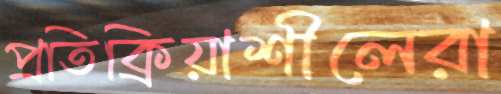
প্রতিক্রিয়াশীলেরা